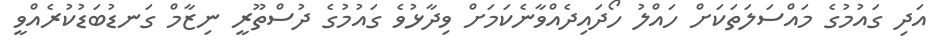
އަދި ގައުމުގެ މައްސަލަތަަކަށް ހައްލު ހޯދައިދެއްވާނެކަމަށް ވިދާޅުވެ ގައުމުގެ ދުސްތޫރީ ނިޒާމް ގަނޑުބަޑުކުރެއްވީ